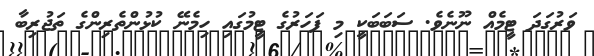
ވަރުގަދަ ޓީމެއް ނޫނެވެ. ސަބަބަކީ މި ފަހަރުގެ ޓީމުގައި ހިމެނޭ ކުޅުންތެރިންގެ ތަޖުރިބާ